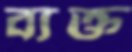
ব্যক্ত